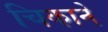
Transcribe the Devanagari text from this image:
चिकाने